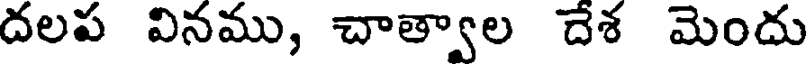
దలప వినము, చాత్వాల దేశ మెందు